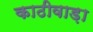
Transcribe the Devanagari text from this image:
काठीवाड़ा